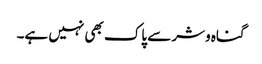
گناہ وشر سے پاک بھی نہیں ہے۔